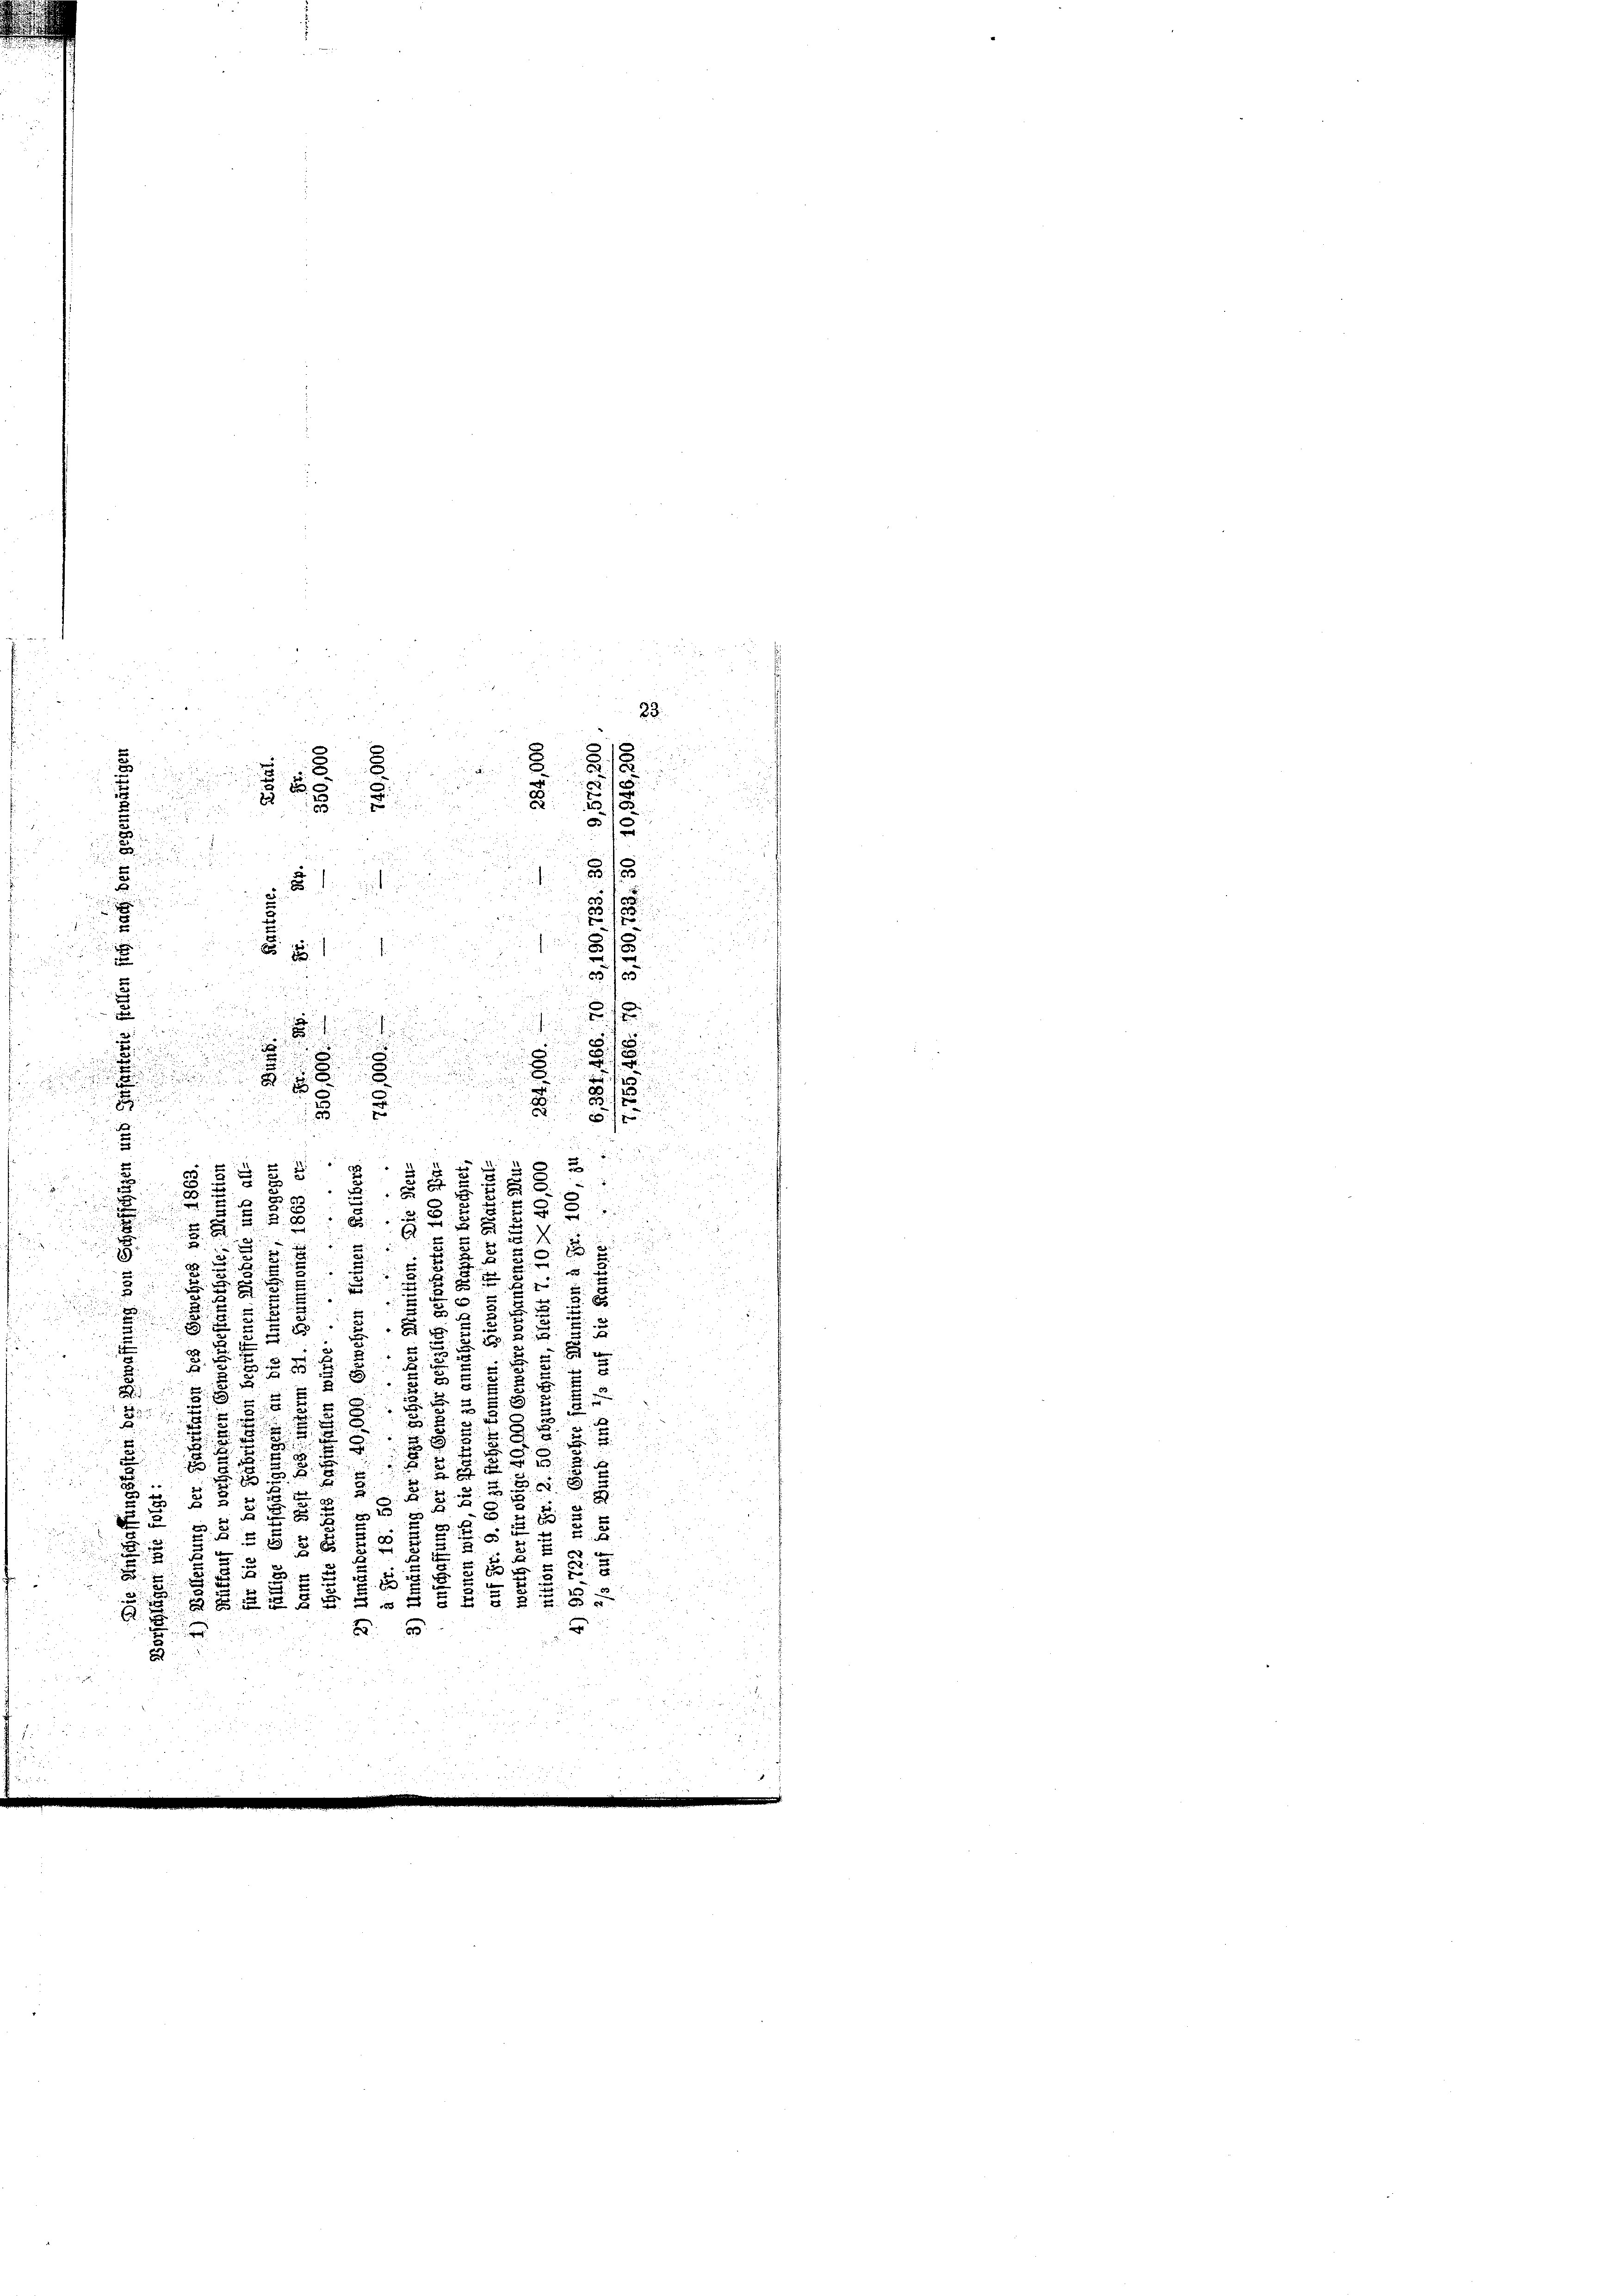
.
u

u
8
10
i
1
d
2
v
d

d
2

2
u

5
K
f
d
2

e

F
5

2

 38
2

.
 2
2
g
F
2
.
d

29
d
5.
d

F
.

B
¬

.
u

52

u

2
.
u
.
5
.
d
 x
2
.

.
3.
x

a
:

u
B
e
2
x
8
.
 28
2
.
.
i
s
B
5
2
2
2
2
.

x

 x
J
2.
5
x

e
2 x
e

5
2

.
 55 x
u
2
s
x
x

8
 x

d
2

d

8
.
2 x
 f 0 x
2

A

s
B 15

2

2
23.
N 227
2
d
u

2

2
d
.
8

8
.

5
¬
e
2

"
515
 15
8

.

e
.

5

1

r
.
u
n

u

a
Eigen
d
2

2 x 2 2

8
8